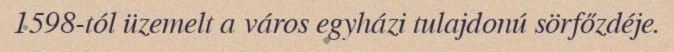
1598-tól üzemelt a város egyházi tulajdonú sörfőzdéje.